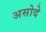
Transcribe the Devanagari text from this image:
असोदे